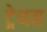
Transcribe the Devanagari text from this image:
ट्रेथन